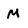
Character: M